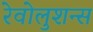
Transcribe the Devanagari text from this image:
रेवोलुशन्स